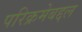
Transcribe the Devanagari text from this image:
परिक्रमेबद्दल